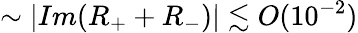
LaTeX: \sim|Im(R_{+}+R_{-})|\lesssim O(10^{-2})